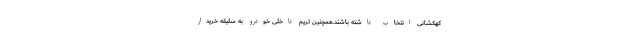
کهکشانی انتخاب داشته باشند.همچنین تریم داخلی خودرو به سلیقه خریدار